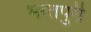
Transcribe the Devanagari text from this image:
भरतपुरी